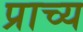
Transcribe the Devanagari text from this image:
प्राच्‍य